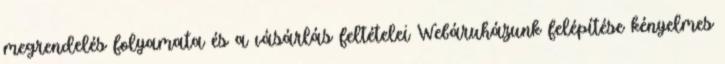
megrendelés folyamata és a vásárlás feltételei Webáruházunk felépítése kényelmes